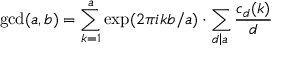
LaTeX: \operatorname* { g c d } ( a , b ) = \sum _ { k = 1 } ^ { a } \exp ( 2 \pi i k b / a ) \cdot \sum _ { d \left| a \right. } { \frac { c _ { d } ( k ) } { d } }